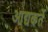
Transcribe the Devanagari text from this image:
आद्यकर्ते